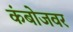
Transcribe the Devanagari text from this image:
कंबोजवर